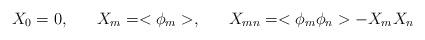
LaTeX: \begin{align*}X_{0}=0, \;\;\;\;\;\; X_{m} = <\phi_{m}>, \;\;\;\;\;\; X_{mn} = <\phi_{m}\phi_{n}> - X_{m} X_{n}\end{align*}